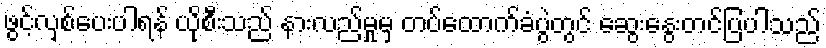
ဖွင့်လှစ်ပေးပါရန် ယိုစီးသည် နားလည်မှုမှ တပ်ထောက်ခံပွဲတွင် ဆွေးနွေးတင်ပြပါသည်